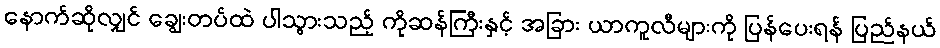
နောက်ဆိုလျှင် ချွေးတပ်ထဲ ပါသွားသည့် ကိုဆန်ကြီးနှင့် အခြား ယာကူလီများကို ပြန်ပေးရန် ပြည်နယ်